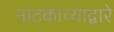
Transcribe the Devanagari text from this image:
नाटकांच्याद्वारे